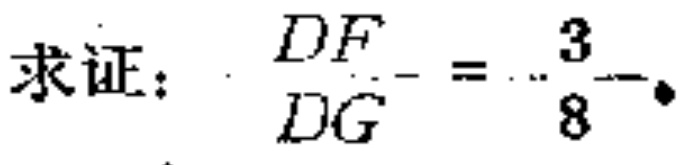
求证：\(\frac{DF}{DG}=\frac{3}{8}\)